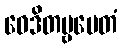
ဝေဒိတဗ္ဗမေတံ